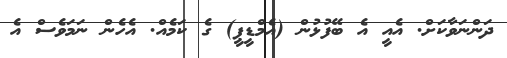
ދަންނަވާކަށް. އެއީ އެ ބޭފުޅުން (އެމްޑީޕީ) ގެ ކަމެއް. އެހެން ނަމަވެސް އެ